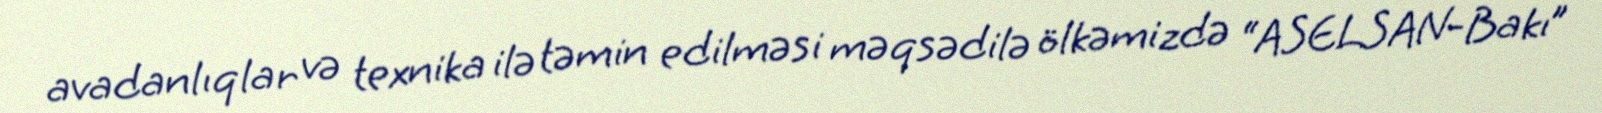
avadanlıqlar və texnika ilə təmin edilməsi məqsədilə ölkəmizdə “ASELSAN-Bakı”